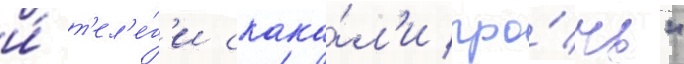
и́ т'ел'е́г'и скака́л'и про́чь"